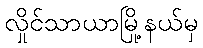
လှိုင်သာယာမြို့နယ်မှ